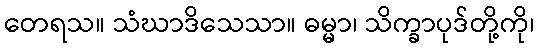
တေရသ။ သံဃာဒိသေသာ။ ဓမ္မာ၊ သိက္ခာပုဒ်တို့ကို၊